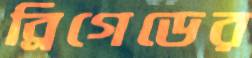
ব্রিগেডের